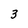
Character: 3